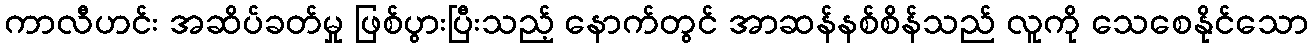
ကာလီဟင်း အဆိပ်ခတ်မှု ဖြစ်ပွားပြီးသည့် နောက်တွင် အာဆန်နစ်စိန်သည် လူကို သေစေနိုင်သော